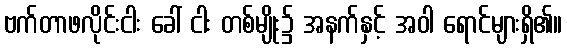
ဗက်တာဖလိုင်းငါး ခေါ် ငါး တစ်မျိုး၌ အနက်နှင့် အဝါ ရောင်များရှိ၏။